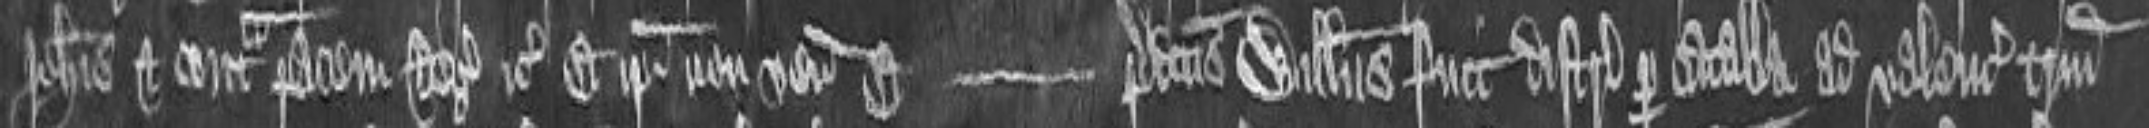
Johannis et contra pacem regis etc. Et ipsi non venerunt. Et predictus Willelmus fuit districtus per catalla ad valenciam trium